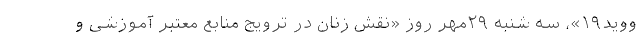
ووید۱۹»، سه شنبه ۲۹مهر روز «نقش زنان در ترویج منابع معتبر آموزشی و